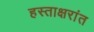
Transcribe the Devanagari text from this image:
हस्ताक्षरांत